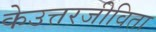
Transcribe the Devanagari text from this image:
केउत्तरजीविता